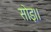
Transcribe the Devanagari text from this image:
सोइ।।